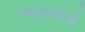
ભવનનો